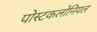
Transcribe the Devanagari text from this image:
पोस्टकलोनियल